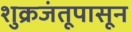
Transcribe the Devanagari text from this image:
शुक्रजंतूपासून